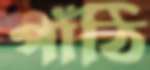
পাঁঠি